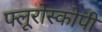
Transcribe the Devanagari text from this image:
फ्लूरोस्कोपी